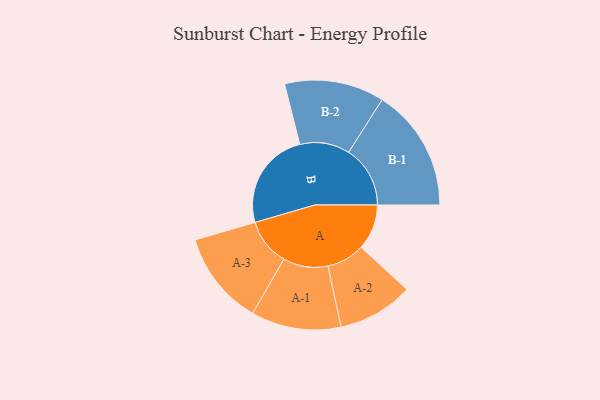
{"axis": {"x": "Segment", "y": "Value"}, "legend": ["", "A", "B"], "data": [{"x": "A", "y": 219, "type": ""}, {"x": "B", "y": 474, "type": ""}, {"x": "A-1", "y": 216, "type": "A"}, {"x": "A-2", "y": 182, "type": "A"}, {"x": "A-3", "y": 226, "type": "A"}, {"x": "B-1", "y": 296, "type": "B"}, {"x": "B-2", "y": 240, "type": "B"}]}